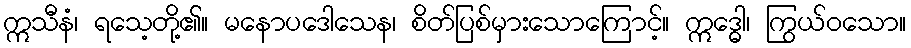
ဣသီနံ၊ ရသေ့တို့၏။ မနောပဒေါသေန၊ စိတ်ပြစ်မှားသောကြောင့်။ ဣဒ္ဓေါ၊ ကြွယ်ဝသော။